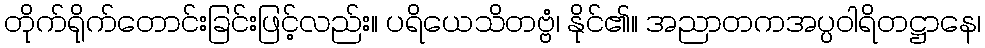
တိုက်ရိုက်တောင်းခြင်းဖြင့်လည်း။ ပရိယေသိတဗ္ဗံ၊ နိုင်၏။ အညာတကအပ္ပဝါရိတဋ္ဌာနေ၊